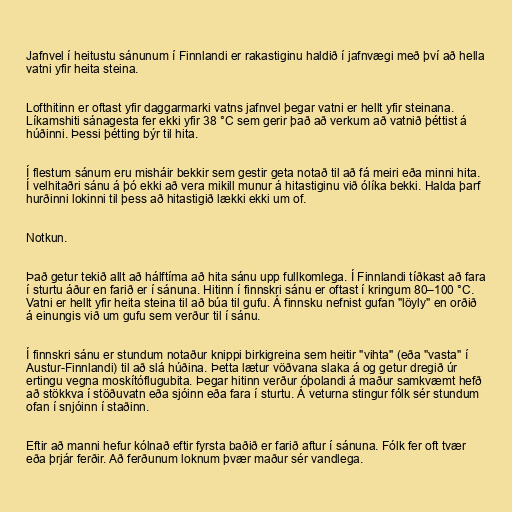
Jafnvel í heitustu sánunum í Finnlandi er rakastiginu haldið í jafnvægi með því að hella
vatni yfir heita steina.

Lofthitinn er oftast yfir daggarmarki vatns jafnvel þegar vatni er hellt yfir steinana.
Líkamshiti sánagesta fer ekki yfir 38 °C sem gerir það að verkum að vatnið þéttist á
húðinni. Þessi þétting býr til hita.

Í flestum sánum eru misháir bekkir sem gestir geta notað til að fá meiri eða minni hita.
Í velhitaðri sánu á þó ekki að vera mikill munur á hitastiginu við ólíka bekki. Halda þarf
hurðinni lokinni til þess að hitastigið lækki ekki um of.

Notkun.

Það getur tekið allt að hálftíma að hita sánu upp fullkomlega. Í Finnlandi tíðkast að fara
í sturtu áður en farið er í sánuna. Hitinn í finnskri sánu er oftast í kringum 80–100 °C.
Vatni er hellt yfir heita steina til að búa til gufu. Á finnsku nefnist gufan "löyly" en orðið
á einungis við um gufu sem verður til í sánu.

Í finnskri sánu er stundum notaður knippi birkigreina sem heitir "vihta" (eða "vasta" í
Austur-Finnlandi) til að slá húðina. Þetta lætur vöðvana slaka á og getur dregið úr
ertingu vegna moskítóflugubita. Þegar hitinn verður óþolandi á maður samkvæmt hefð
að stökkva í stöðuvatn eða sjóinn eða fara í sturtu. Á veturna stingur fólk sér stundum
ofan í snjóinn í staðinn.

Eftir að manni hefur kólnað eftir fyrsta baðið er farið aftur í sánuna. Fólk fer oft tvær
eða þrjár ferðir. Að ferðunum loknum þvær maður sér vandlega.